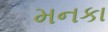
મનકા